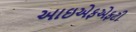
આઇએફએફટી